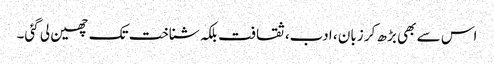
اس سے بھی بڑھ کر زبان ، ادب، ثقافت بلکہ شناخت تک چھین لی گئی۔